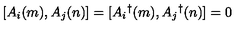
[ A _ { i } ( m ) , A _ { j } ( n ) ] = [ A _ { i } { } ^ { \dag } ( m ) , A _ { j } { } ^ { \dag } ( n ) ] = 0